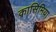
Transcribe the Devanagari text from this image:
क़ासिमिया